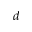
^ { d }